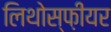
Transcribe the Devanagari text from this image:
लिथोस्फ़ीयर